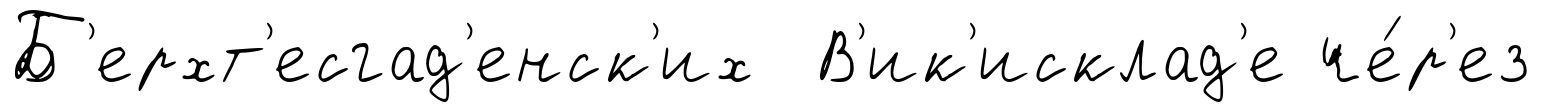
Б'ерхт'есгад'енск'их В'ик'исклад'е че́р'ез